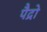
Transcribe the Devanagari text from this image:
पैद्रो